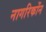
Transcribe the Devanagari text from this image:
नागरिकोंन